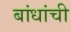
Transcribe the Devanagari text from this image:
बांधांची